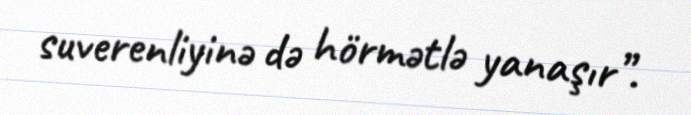
suverenliyinə də hörmətlə yanaşır”.